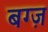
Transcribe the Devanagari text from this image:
बग्ज़